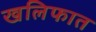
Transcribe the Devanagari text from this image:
खलिफात